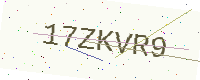
Text: 17ZKVR9